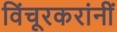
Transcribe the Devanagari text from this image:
विंचूरकरांनीं